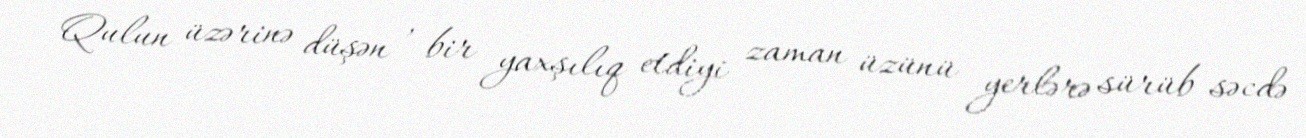
Qulun üzərinə düşən , bir yaxşılıq etdiyi zaman üzünü yerlərə sürüb səcdə